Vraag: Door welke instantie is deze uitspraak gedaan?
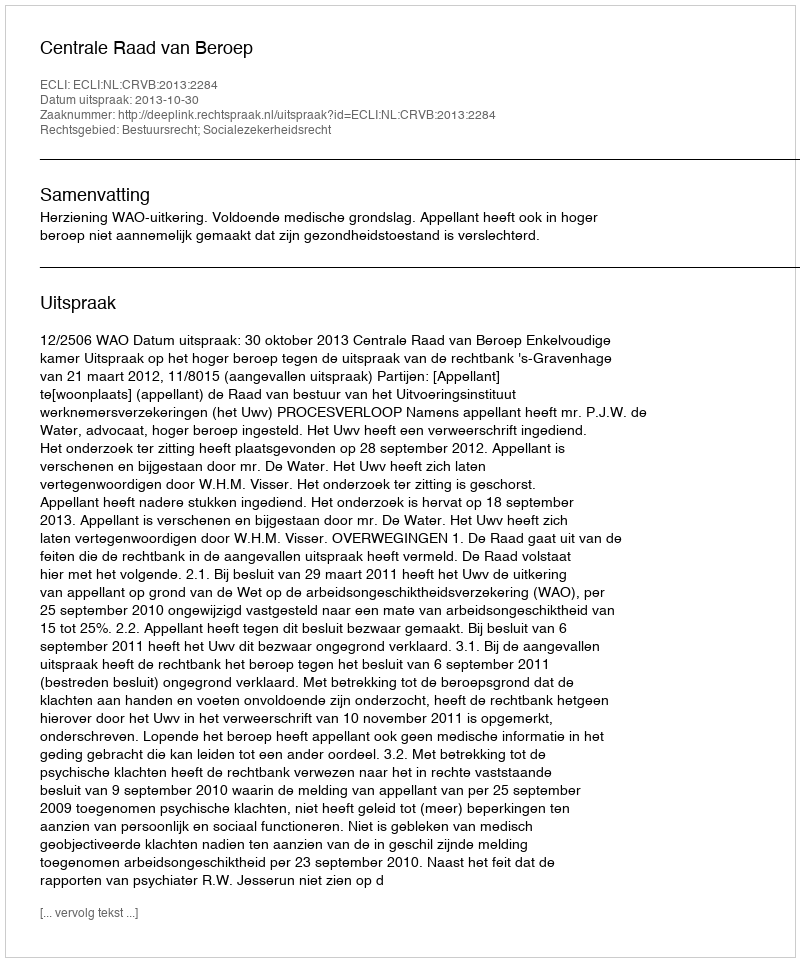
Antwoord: Centrale Raad van Beroep